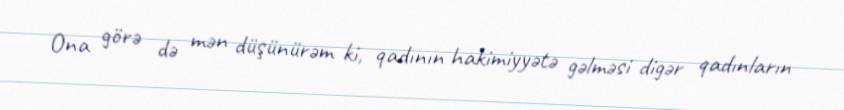
Ona görə də mən düşünürəm ki, qadının hakimiyyətə gəlməsi digər qadınların